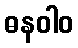
ဓနဝါဝ